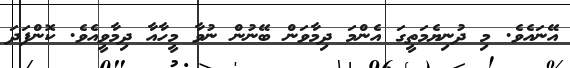
އޭނައެވެ. މި ދުނިޔެމަތީގަ އެންމަ ދިމާވަން ބޭނުން ނުވާ މީހާއާ ދިމާވީއެވެ. ކޮންފަދަ